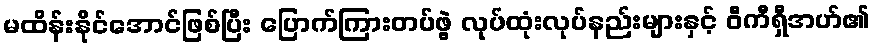
မထိန်းနိုင်အောင်ဖြစ်ပြီး ပြောက်ကြားတပ်ဖွဲ့ လုပ်ထုံးလုပ်နည်းများနှင့် ဝီကီရှီအဟ်၏